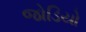
જોડિયો